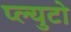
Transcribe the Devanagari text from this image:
प्ल्युटो